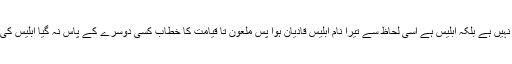
تیرا نفس درمیان میں نہیں ہے بلکہ ابلیس ہے اسی لحاظ سے تیرا نام ابلیس قادیان ہوا پس ملعون تا قیامت کا خطاب کسی دوسرے کے پاس نہ گیا ابلیس کی چیز ابلیس پاس رہی۔